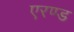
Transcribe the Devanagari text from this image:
एरण्ड